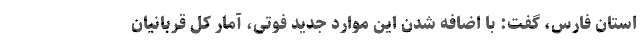
استان فارس، گفت: با اضافه شدن این موارد جدید فوتی، آمار کُل قربانیان